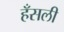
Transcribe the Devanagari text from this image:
हँसली